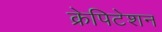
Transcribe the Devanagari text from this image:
क्रेपिटेशन